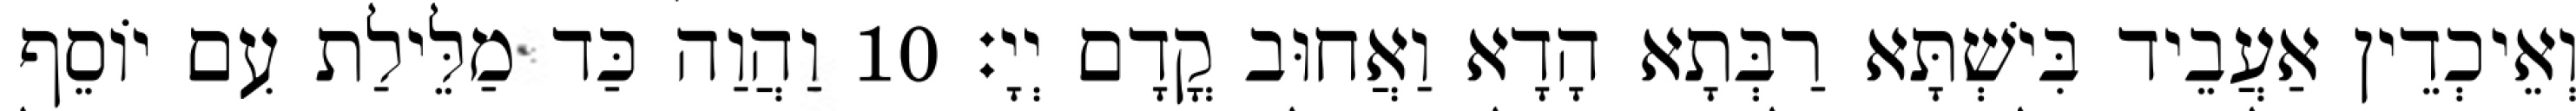
וְאֵיכְדֵין אַעֲבֵיד בִּישְׁתָּא רַבְּתָא הָדָא וַאֲחוּב קֳדָם יְיָ׃ 10 וַהֲוַה כַּד מַלֵּילַת עִם יוֹסֵף